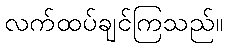
လက်ထပ်ချင်ကြသည်။